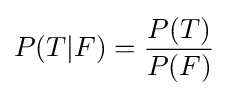
P(T|F)={\frac {P(T)}{P(F)}}